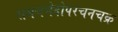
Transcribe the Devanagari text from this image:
समचभेदोपरचनचक्र